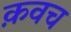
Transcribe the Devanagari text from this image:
क़वच